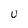
Character: U